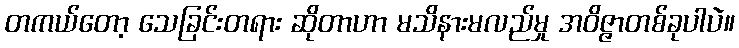
တကယ်တော့ သေခြင်းတရား ဆိုတာဟာ မသိနားမလည်မှု အဝိဇ္ဇာတစ်ခုပါပဲ။